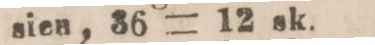
sien, 36 = 12 sk.